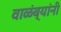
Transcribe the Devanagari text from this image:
वाळंब्यांनी